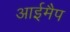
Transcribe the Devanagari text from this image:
आईमैप